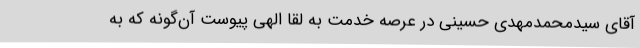
آقای سیدمحمدمهدی حسینی در عرصه خدمت به لقا الهی پیوست آن‌گونه که به